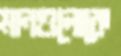
মানগুলোকে